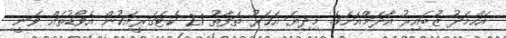
އަހްމަދު ޒުބައިރު އާދަމްއަށެވެ. މިދިޔަ އަހަރު ތަފާތު 21 ކެޓަގަރީއަކުން އެވޯޑުތައް ވަނީ